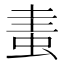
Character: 䖯